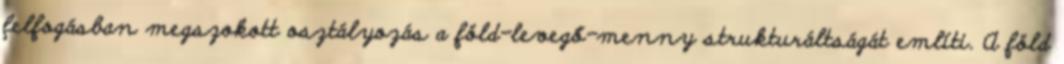
felfogásban megszokott osztályozás a föld-levegő-menny strukturáltságát említi. A föld